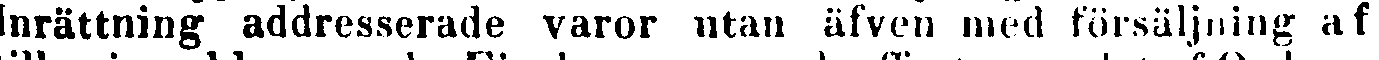
Inrättning addresserade varor utan äfven med försäljning af